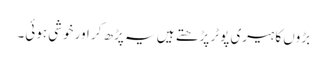
بڑوں کا ہیری پوٹر پڑھتے ہیں یہ پڑھ کر اور خوشی ہوئی۔